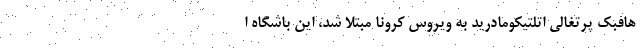
هافبک پرتغالی اتلتیکومادرید به ویروس کرونا مبتلا شد، این باشگاه ا